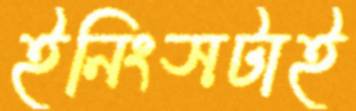
ইনিংসটাই